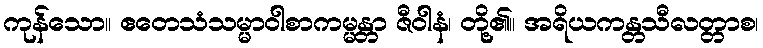
ကုန်သော။ ဧတေသံသမ္မာဝါစာကမ္မန္တာ ဇီဝါနံ၊ တို့၏။ အရိယကန္တသီလတ္တာစ၊